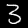
Label: 3